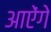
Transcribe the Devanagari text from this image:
आऐंगे